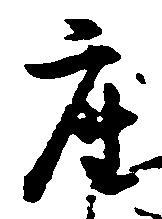
座